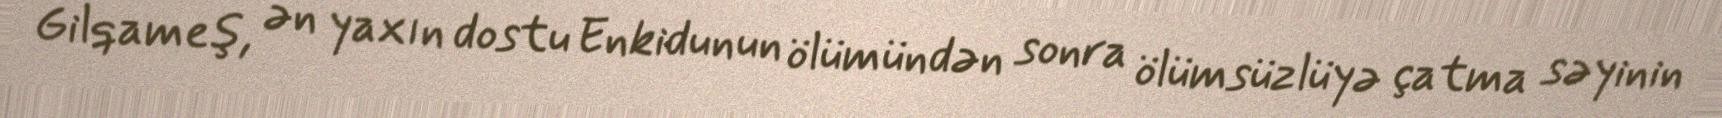
Gilqameş, ən yaxın dostu Enkidunun ölümündən sonra ölümsüzlüyə çatma səyinin